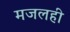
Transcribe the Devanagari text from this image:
मजलही